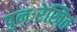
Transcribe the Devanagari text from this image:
पुनःरेखित